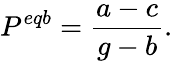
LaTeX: P^{eqb}={\frac{a-c}{g-b}}.